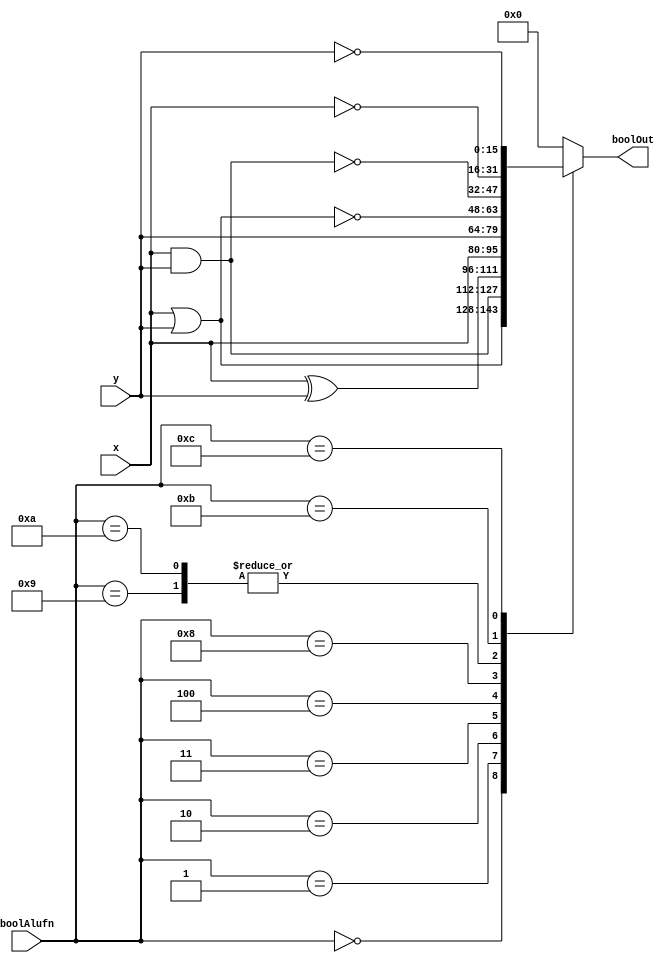
module bool_16_8 (
    input [15:0] x,
    input [15:0] y,
    input [3:0] boolAlufn,
    output reg [15:0] boolOut
  );
  
  
  
  reg [15:0] temp;
  
  always @* begin
    
    case (boolAlufn)
      4'h0: begin
        temp = x | y;
      end
      4'h1: begin
        temp = x & y;
      end
      4'h2: begin
        temp = x ^ y;
      end
      4'h3: begin
        temp = x;
      end
      4'h4: begin
        temp = y;
      end
      4'h8: begin
        temp = ~(x | y);
      end
      4'h9: begin
        temp = ~(x & y);
      end
      4'ha: begin
        temp = ~(x & y);
      end
      4'hb: begin
        temp = ~x;
      end
      4'hc: begin
        temp = ~y;
      end
      default: begin
        temp = 16'h0000;
      end
    endcase
    boolOut = temp;
  end
endmodule